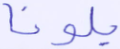
بلونا